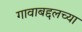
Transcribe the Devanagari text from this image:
गावाबद्दलच्या